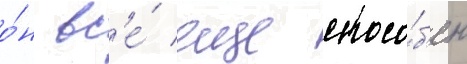
о́н вс'е́ еще спосо́б'ен